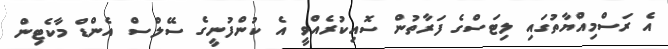
އެ ރަސްމިއްޔާތުގައި ލިޓަސްގެ ފަރާތުން ސޮއިކުރެއްވީ އެ ކުންފުނީގެ ސޭލްސް އެންޑް މާކެޓިން